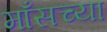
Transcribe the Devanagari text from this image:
माँसच्या